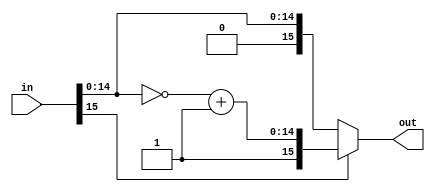
// Code your design here
`timescale 1ns/1ps
//`default_nettype none

/******************************************** twos complemement***********/

module twos_complement(in,out);
  input [15:0] in;
  output [15:0] out;
  reg signed [15:0] out;
  reg signed [14:0] y;

  always @* begin
    if(in[15]==1'b1) begin
      y = ~(in)+1'b1;
      out = {1'b1,y};
    end
    else begin
      out = in;
    end
  end

endmodule


/********************************************inverse twos complemement***********/

module inv_two(in ,out);
    input [15:0] in;
  output [15:0] out;
  wire signed [15:0] in;
  reg [14:0] y;
  reg [15:0] out;

  always @* begin
  if (in[15]==1) begin
    y = in-1;
    out = {1'b1,~y};
  end
  else begin
    out = in;
  end
  end

endmodule

/********************************************to show value in decimal value***********/
// module show_decimal_value(
//     in0_real, in0_imag, in1_real, in1_imag, in2_real, in2_imag, in3_real, in3_imag, in4_real, in4_imag, in5_real, in5_imag, in6_real, in6_imag, in7_real, in7_imag
// );
    
//     input [15:0] in0_real, in0_imag, in1_real, in1_imag, in2_real, in2_imag, in3_real, in3_imag, in4_real, in4_imag, in5_real, in5_imag, in6_real, in6_imag, in7_real, in7_imag;
//     //output [15:0] out0_real, out0_imag, out1_real, out1_imag, out2_real, out2_imag, out3_real, out3_imag, out4_real, out4_imag, out5_real, out5_imag, out6_real, out6_imag, out7_real, out7_imag;
//   reg signed [15:0] out0_real<=in0_real;
//   reg signed [15:0] out1_real<=in1_real;
//   reg signed [15:0] out2_real<=in2_real;
//   reg signed [15:0] out3_real<=in3_real; 
//   reg signed [15:0] out4_real<=in4_real;
//   reg signed [15:0] out5_real<=in5_real;
//   reg signed [15:0] out6_real<=in6_real;
//   reg signed [15:0] out7_real<=in7_real;
							 
//   reg signed [15:0] out0_imag<=in0_imag; 
//   reg signed [15:0] out1_imag<=in1_imag; 
//   reg signed [15:0] out2_imag<=in2_imag; 
//   reg signed [15:0] out3_imag<=in3_imag; 
//   reg signed [15:0] out4_imag<=in4_imag; 
//   reg signed [15:0] out5_imag<=in5_imag; 
//   reg signed [15:0] out6_imag<=in6_imag; 
//   reg signed [15:0] out7_imag<=in7_imag; 



//     initial begin
//      $display("real part =%f and imaginary part=(%f) ",out0_real*2.0**-8,out0_imag*2.0**-8);
// 	 $display("real part =%f and imaginary part=(%f) ",out1_real*2.0**-8,out1_imag*2.0**-8);
// 	 $display("real part =%f and imaginary part=(%f) ",out2_real*2.0**-8,out2_imag*2.0**-8);
// 	 $display("real part =%f and imaginary part=(%f) ",out3_real*2.0**-8,out3_imag*2.0**-8);
// 	 $display("real part =%f and imaginary part=(%f) ",out4_real*2.0**-8,out4_imag*2.0**-8);
// 	 $display("real part =%f and imaginary part=(%f) ",out5_real*2.0**-8,out5_imag*2.0**-8);
// 	 $display("real part =%f and imaginary part=(%f) ",out6_real*2.0**-8,out6_imag*2.0**-8);
// 	 $display("real part =%f and imaginary part=(%f) ",out7_real*2.0**-8,out7_imag*2.0**-8); 
//    end

// endmodule






/**************main code ***********/
module eight_point_fft(CLK, RST_N, in0_real, in0_imag, in1_real, in1_imag, in2_real, in2_imag, in3_real, in3_imag, in4_real, in4_imag, in5_real, in5_imag, in6_real, in6_imag, in7_real, in7_imag, out0_real, out0_imag, out1_real, out1_imag, out2_real, out2_imag, out3_real, out3_imag, out4_real, out4_imag, out5_real, out5_imag, out6_real, out6_imag, out7_real, out7_imag  ,write, start, ready);

input CLK, RST_N, write, start;
input [15:0] in0_real, in0_imag, in1_real, in1_imag, in2_real, in2_imag, in3_real, in3_imag, in4_real, in4_imag, in5_real, in5_imag, in6_real, in6_imag, in7_real, in7_imag;
output [15:0] out0_real, out0_imag, out1_real, out1_imag, out2_real, out2_imag, out3_real, out3_imag, out4_real, out4_imag, out5_real, out5_imag, out6_real, out6_imag, out7_real, out7_imag;
output ready;

reg ready;

wire [15:0] in0_real, in0_imag, in1_real, in1_imag, in2_real, in2_imag, in3_real, in3_imag, in4_real, in4_imag, in5_real, in5_imag, in6_real, in6_imag, in7_real, in7_imag;
reg [15:0] out0_real, out0_imag, out1_real, out1_imag, out2_real, out2_imag, out3_real, out3_imag, out4_real, out4_imag, out5_real, out5_imag, out6_real, out6_imag, out7_real, out7_imag;
wire signed [15:0] t1_r, t2_r, t3_r, t4_r, t5_r, t6_r, t7_r, t8_r, t1_i, t2_i, t3_i, t4_i, t5_i, t6_i, t7_i, t8_i;
wire signed [15:0] y1_r, y2_r, y3_r, y4_r, y5_r, y6_r, y7_r, y8_r, y1_i, y2_i, y3_i, y4_i, y5_i, y6_i, y7_i, y8_i;
wire [15:0] c1_r, c2_r, c3_r, c4_r, c5_r, c6_r, c7_r, c8_r, c1_i, c2_i, c3_i, c4_i, c5_i, c6_i, c7_i, c8_i;
reg signed [15:0] a1_r, a2_r, a3_r, a4_r, a5_r, a6_r, a7_r, a8_r, a1_i, a2_i, a3_i, a4_i, a5_i, a6_i, a7_i, a8_i;
reg signed [15:0] b1_r, b2_r, b3_r, b4_r, b5_r, b6_r, b7_r, b8_r, b1_i, b2_i, b3_i, b4_i, b5_i, b6_i, b7_i, b8_i;

twos_complement two0(in0_real,t1_r);
twos_complement two1(in1_real,t2_r);
twos_complement two2(in2_real,t3_r);
twos_complement two3(in3_real,t4_r);
twos_complement two4(in4_real,t5_r);
twos_complement two5(in5_real,t6_r);
twos_complement two6(in6_real,t7_r);
twos_complement two7(in7_real,t8_r);
twos_complement two8(in0_imag,t1_i);
twos_complement two9(in1_imag,t2_i);
twos_complement two10(in2_imag,t3_i);
twos_complement two11(in3_imag,t4_i);
twos_complement two12(in4_imag,t5_i);
twos_complement two13(in5_imag,t6_i);
twos_complement two14(in6_imag,t7_i);
twos_complement two15(in7_imag,t8_i);


/**************comment this block when you want that in two complement ***********/
inv_two invTwo0(b1_r,c1_r);
inv_two invTwo1(b2_r,c2_r);
inv_two invTwo2(b3_r,c3_r);
inv_two invTwo3(b4_r,c4_r);
inv_two invTwo4(b5_r,c5_r);
inv_two invTwo5(b6_r,c6_r);
inv_two invTwo6(b7_r,c7_r);
inv_two invTwo7(b8_r,c8_r);
inv_two invTwo8(b1_i,c1_i);
inv_two invTwo9(b2_i,c2_i);
inv_two invTwo10(b3_i,c3_i);
inv_two invTwo11(b4_i,c4_i);
inv_two invTwo12(b5_i,c5_i);
inv_two invTwo13(b6_i,c6_i);
inv_two invTwo14(b7_i,c7_i);
inv_two invTwo15(b8_i,c8_i);


// X(0) = x(1) +  x(2) + x(3) +  x(4)
// X(0) = x(1) - jx(2) + x(3) + jx(4)
// X(0) = x(1) - x(2) + x(3)  -  x(4)
// X(0) = x(1) - jx(2) + x(3) + jx(4)

//stage all real parts and imaginary added
assign y1_r = a1_r + a3_r + a5_r + a7_r;
assign y1_i = a1_i + a3_i + a5_i + a7_i;

//real part=real of first +imaginary of 2nd -real of 3rd -imaginary of 4th
//imaginary part=real part of 4th +imaginary of first -real of 2nd -imaginary of 3rd
assign y2_r = a1_r + a3_i - a5_r - a7_i;
assign y2_i = a1_i - a3_r - a5_i + a7_r;

//real part=real of first -real of 2nd +real of 3rd -real of 4th
//imaginary part=imaginary of first -imaginary of 2nd +imaginary of 3rd -imaginary of 4th
assign y3_r = a1_r - a3_r + a5_r - a7_r;
assign y3_i = a1_i - a3_i + a5_i - a7_i;


//real part=real of first -imaginary of 2nd -real of 3rd +imaginary of 4th
//imaginary part=imaginary of first +real of 2nd - imaginary of 3rd -real of 4th
assign y4_r = a1_r - a3_i - a5_r + a7_i;
assign y4_i = a1_i + a3_r - a5_i - a7_r;


///////////
//stage all real parts and imaginary added
assign y5_r = a2_r + a4_r + a6_r + a8_r;
assign y5_i = a2_i + a4_i + a6_i + a8_i;

//real part=real of first +imaginary of 2nd -real of 3rd -imaginary of 4th
//imaginary part=real part of 4th +imaginary of first -real of 2nd -imaginary of 3rd
assign y6_r = a2_r + a4_i - a6_r - a8_i;
assign y6_i = a2_i - a4_r - a6_i + a8_r;

//real part=real of first -real of 2nd +real of 3rd -real of 4th
//imaginary part=imaginary of first -imaginary of 2nd +imaginary of 3rd -imaginary of 4th
assign y7_r = a2_r - a4_r + a6_r - a8_r;
assign y7_i = a2_i - a4_i + a6_i - a8_i;


//real part=real of first -imaginary of 2nd -real of 3rd +imaginary of 4th
//imaginary part=imaginary of first +real of 2nd - imaginary of 3rd -real of 4th
assign y8_r = a2_r - a4_i - a6_r + a8_i;
assign y8_i = a2_i + a4_r - a6_i - a8_r;
// ////

always @(posedge CLK) begin
if (~RST_N) begin
        ready <= 1'b0;
end
else begin
        if (write) begin
                a1_r <= t1_r;
                a2_r <= t2_r;
                a3_r <= t3_r;
                a4_r <= t4_r;
                a5_r <= t5_r;
                a6_r <= t6_r;
                a7_r <= t7_r;
                a8_r <= t8_r;

                a1_i <= t1_i;
                a2_i <= t2_i;
                a3_i <= t3_i;
                a4_i <= t4_i;
                a5_i <= t5_i;
                a6_i <= t6_i;
                a7_i <= t7_i;
                a8_i <= t8_i;
        end

        if (start) begin
                b1_r <= y1_r + y5_r;
                b1_i <= y1_i + y5_i;

//                 b2_r <= y2_r + ((y6_r>>>1)+(y6_r>>>3)+(y6_r>>>4)+(y6_r>>>6)+(y6_r>>>8)) + ((y6_i>>>1)+(y6_i>>>3)+(y6_i>>>4)+(y6_i>>>6)+(y6_i>>>8));
//                 b2_i <= y2_i + ((y6_i>>>1)+(y6_i>>>3)+(y6_i>>>4)+(y6_i>>>6)+(y6_i>>>8)) - ((y6_r>>>1)+(y6_r>>>3)+(y6_r>>>4)+(y6_r>>>6)+(y6_r>>>8));

          
                b2_r<= y2_r +y6_r*0.707+y6_i*0.707;
                b2_i<= y2_i +y6_i*0.707-y6_r*0.707;
          
          
          
                b3_r <= y3_r + y7_i;
                b3_i <= y3_i - y7_r;

//                 b4_r <= y4_r - ((y8_r>>>1)+(y8_r>>>3)+(y8_r>>>4)+(y8_r>>>6)+(y8_r>>>8)) + ((y8_i>>>1)+(y8_i>>>3)+(y8_i>>>4)+(y8_i>>>6)+(y8_i>>>8));
//                 b4_i <= y4_i - ((y8_i>>>1)+(y8_i>>>3)+(y8_i>>>4)+(y8_i>>>6)+(y8_i>>>8)) - ((y8_r>>>1)+(y8_r>>>3)+(y8_r>>>4)+(y8_r>>>6)+(y8_r>>>8));
           b4_r <= y4_r - y8_r*0.707 +y8_i*0.707;
                b4_i <= y4_i - y8_i*0.707 - y8_r*0.707;
          
          

                b5_r <= y1_r - y5_r;
                b5_i <= y1_i - y5_i;

//                 b6_r <= y2_r - ((y6_r>>>1)+(y6_r>>>3)+(y6_r>>>4)+(y6_r>>>6)+(y6_r>>>8)) - ((y6_i>>>1)+(y6_i>>>3)+(y6_i>>>4)+(y6_i>>>6)+(y6_i>>>8));
//                 b6_i <= y2_i - ((y6_i>>>1)+(y6_i>>>3)+(y6_i>>>4)+(y6_i>>>6)+(y6_i>>>8)) + ((y6_r>>>1)+(y6_r>>>3)+(y6_r>>>4)+(y6_r>>>6)+(y6_r>>>8));
          
          b6_r <= y2_r - y6_r*0.707 - y6_i*0.707;
                b6_i <= y2_i - y6_i*0.707 + y6_r*0.707;

                b7_r <= y3_r - y7_i;
                b7_i <= y3_i + y7_r;

//                 b8_r <= y4_r + ((y8_r>>>1)+(y8_r>>>3)+(y8_r>>>4)+(y8_r>>>6)+(y8_r>>>8)) - ((y8_i>>>1)+(y8_i>>>3)+(y8_i>>>4)+(y8_i>>>6)+(y8_i>>>8));
//                 b8_i <= y4_i + ((y8_i>>>1)+(y8_i>>>3)+(y8_i>>>4)+(y8_i>>>6)+(y8_i>>>8)) + ((y8_r>>>1)+(y8_r>>>3)+(y8_r>>>4)+(y8_r>>>6)+(y8_r>>>8));
           b8_r <= y4_r + y8_r*0.707 - y8_i*0.707;
                b8_i <= y4_i + y8_i*0.707 + y8_r*0.707;

//uncomment for usual sign bit notations  and comment when you want in twos complement form for decimal conversion
                out0_real = c1_r;
                out0_imag = c1_i;
                out1_real = c2_r;
                out1_imag = c2_i;
                out2_real = c3_r;
                out2_imag = c3_i;
                out3_real = c4_r;
                out3_imag = c4_i;
                out4_real = c5_r;
                out4_imag = c5_i;
                out5_real = c6_r;
                out5_imag = c6_i;
                out6_real = c7_r;
                out6_imag = c7_i;
                out7_real = c8_r;
                out7_imag = c8_i;

////uncomment  for getting result in two complment form to convert into decimal form and comment when for usual sign bit notations
                // out0_real = b1_r;
                // out0_imag = b1_i;
                // out1_real = b2_r;
                // out1_imag = b2_i;
                // out2_real = b3_r;
                // out2_imag = b3_i;
                // out3_real = b4_r;
                // out3_imag = b4_i;
                // out4_real = b5_r;
                // out4_imag = b5_i;
                // out5_real = b6_r;
                // out5_imag = b6_i;
                // out6_real = b7_r;
                // out6_imag = b7_i;
                // out7_real = b8_r;
                // out7_imag = b8_i;  



                ready = 1'b1;
        end
end
end
endmodule